Source: Handwritten
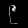
Digit: ၉ (9)